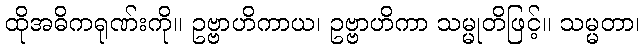
ထိုအဓိကရုဏ်းကို။ ဥဗ္ဗာဟိကာယ၊ ဥဗ္ဗာဟိကာ သမ္မုတိဖြင့်။ သမ္မတာ၊